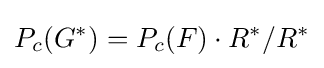
P_{c}(G^{\ast })=P_{c}(F)\cdot R^{\ast }/R^{\ast }